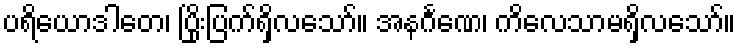
ပရိယောဒါတေ၊ ပြိုးပြက်ရှိလသော်။ အနင်္ဂဏေ၊ ကိလေသာမရှိလသော်။